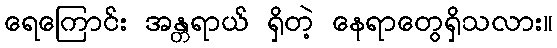
ရေကြောင်း အန္တရာယ် ရှိတဲ့ နေရာတွေရှိသလား။